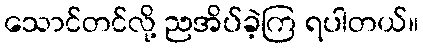
သောင်တင်လို့ ညအိပ်ခဲ့ကြ ရပါတယ်။